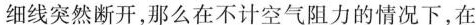
细线突然断开，那么在不计空气阻力的情况下，在